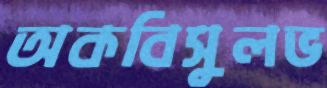
অকবিসুলভ